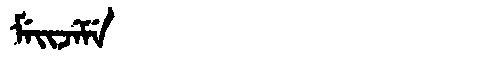
Manchu: ᠮᡝᡳᠵᡝᠮᡝ
Romanization: MEIJEME